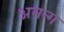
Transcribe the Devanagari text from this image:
अमन्ग